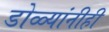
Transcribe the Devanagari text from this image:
डोळ्यांनीही